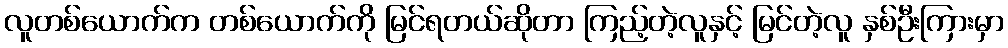
လူတစ်ယောက်က တစ်ယောက်ကို မြင်ရတယ်ဆိုတာ ကြည့်တဲ့လူနှင့် မြင်တဲ့လူ နှစ်ဦးကြားမှာ